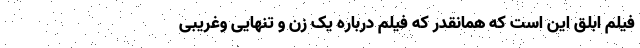
فیلم ابلق این است که همانقدر که فیلم درباره یک زن و تنهایی وغریبی